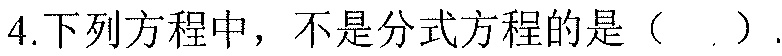
4.下列方程中，不是分式方程的是（  ）.